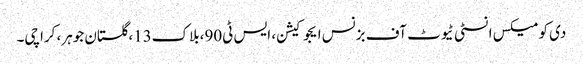
دی کومیکس انسٹی ٹیوٹ آف بزنس ایجوکیشن، ایس ٹی90،بلاک13،گلستان جوہر، کراچی۔